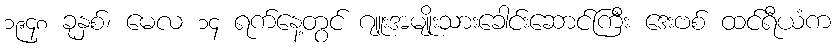
၁၉၄၈ ခုနှစ်၊ မေလ ၁၄ ရက်နေ့တွင် ဂျူးအမျိုးသားခေါင်းဆောင်ကြီး ဒေးဗစ် ထင်ရီယံက